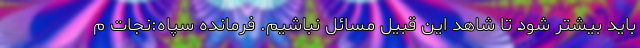
باید بیشتر شود تا شاهد این قبیل مسائل نباشیم. فرمانده سپاه:نجات م